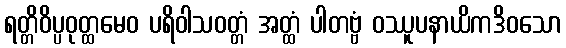
ရတ္တိဝိပ္ပဝုတ္ထမေဝ ပရိဝါသဝတ္တံ အတ္ထံ ပါတဗ္ဗံ ဝဿူပနာယိကဒိဝသော